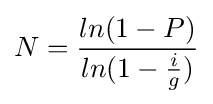
N={\frac {ln(1-P)}{ln(1-{\frac {i}{g}})}}